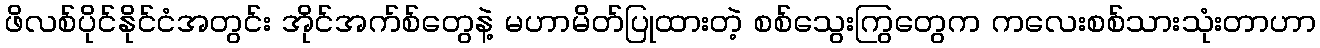
ဖိလစ်ပိုင်နိုင်ငံအတွင်း အိုင်အက်စ်တွေနဲ့ မဟာမိတ်ပြုထားတဲ့ စစ်သွေးကြွတွေက ကလေးစစ်သားသုံးတာဟာ